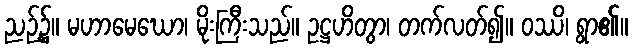
ညဉ့်၌။ မဟာမေဃော၊ မိုးကြီးသည်။ ဥဋ္ဌဟိတွာ၊ တက်လတ်၍။ ဝဿိ၊ ရွာ၏။